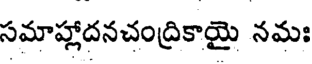
సమాహ్లాదనచంద్రికాయై నమః